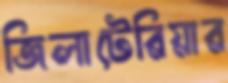
জিলাটেরিয়ার